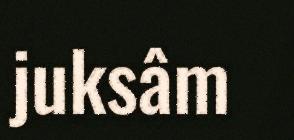
juksâm